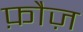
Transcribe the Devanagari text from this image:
फ़ौज़